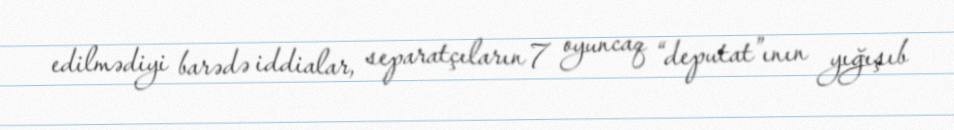
edilmədiyi barədə iddialar, separatçıların 7 oyuncaq “deputat”ının yığışıb